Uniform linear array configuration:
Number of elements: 12
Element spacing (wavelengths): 0.25
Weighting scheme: hann
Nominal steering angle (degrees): -45
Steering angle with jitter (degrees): -46.769
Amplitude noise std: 0.05
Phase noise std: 0.05

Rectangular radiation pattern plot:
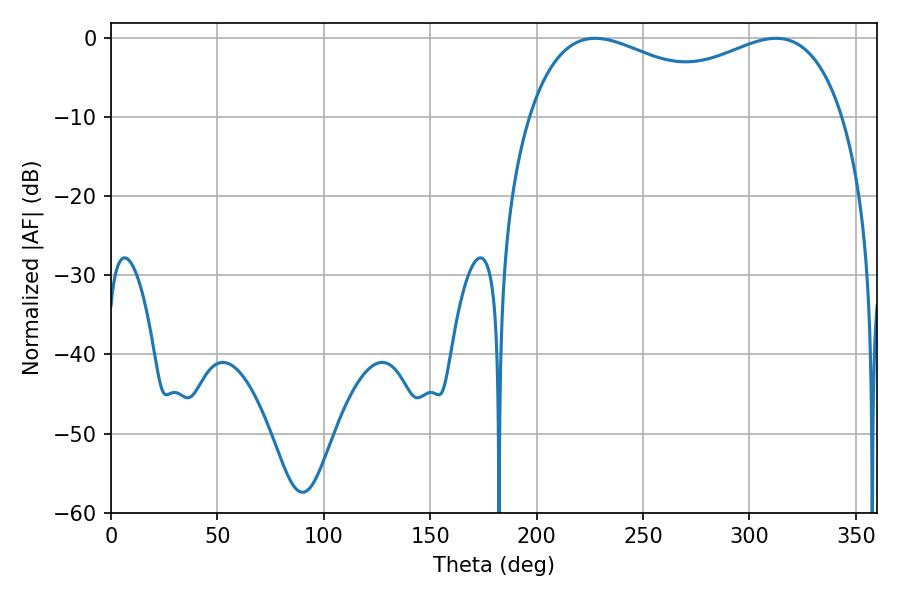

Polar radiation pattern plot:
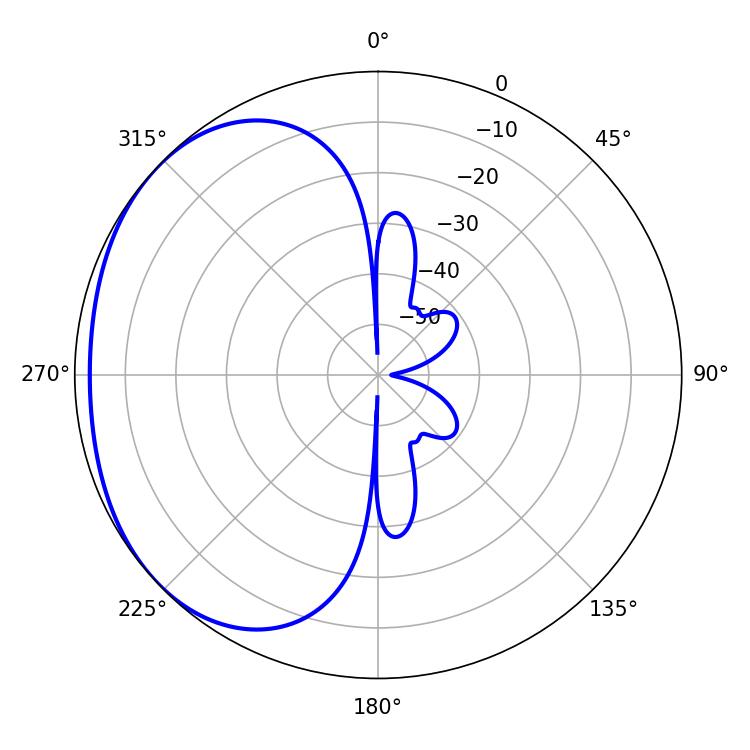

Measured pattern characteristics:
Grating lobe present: FALSE
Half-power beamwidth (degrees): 122.76
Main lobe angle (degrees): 227.52